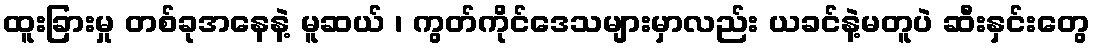
ထူးခြားမှု တစ်ခုအနေနဲ့ မူဆယ် ၊ ကွတ်ကိုင်ဒေသများမှာလည်း ယခင်နဲ့မတူပဲ ဆီးနှင်းတွေ